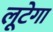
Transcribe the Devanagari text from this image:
लूटेगा